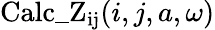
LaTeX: \mathrm{Calc\_ Z_{ij}}(i,j,a,\omega)